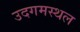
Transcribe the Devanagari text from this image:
उदगमस्थल